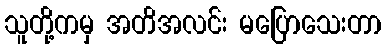
သူတို့ကမှ အတိအလင်း မပြောသေးတာ